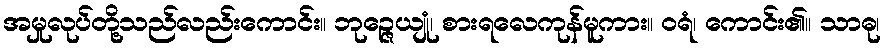
အမှုလုပ်တို့သည်လည်းကောင်း။ ဘုဉ္ဇေယျုံ၊ စားရလေကုန်မူကား။ ဝရံ၊ ကောင်း၏။ သာဓု၊